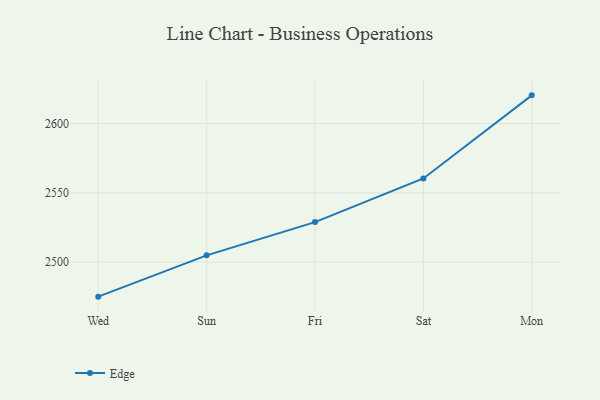
{"axis": {"x": "Day", "y": "Net Income (USD K)"}, "legend": ["Edge"], "data": [{"x": "Wed", "y": 2475.1, "type": "Edge"}, {"x": "Sun", "y": 2504.9, "type": "Edge"}, {"x": "Fri", "y": 2528.9, "type": "Edge"}, {"x": "Sat", "y": 2560.4, "type": "Edge"}, {"x": "Mon", "y": 2620.4, "type": "Edge"}]}